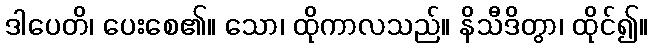
ဒါပေတိ၊ ပေးစေ၏။ သော၊ ထိုကာလသည်။ နိသီဒိတွာ၊ ထိုင်၍။